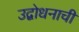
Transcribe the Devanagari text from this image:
उद्बोधनाची